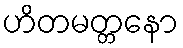
ဟိတမတ္တနော